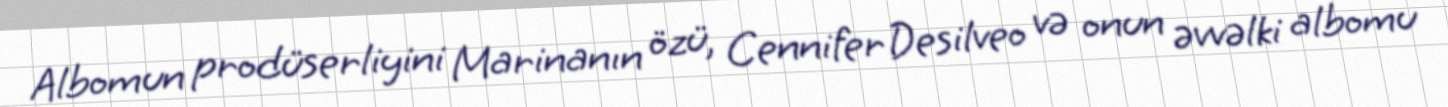
Albomun prodüserliyini Marinanın özü, Cennifer Desilveo və onun əvvəlki albomu